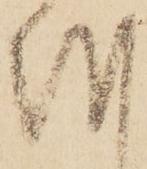
越